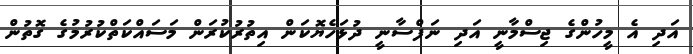
އަދި އެ މީހުންގެ ޖިސްމާނީ އަދި ނަފްސާނީ ދުޅަހެޔޮކަން އިތުރުކުރަން މަސައްކަތްކުރުމުގެ ގޮތުން